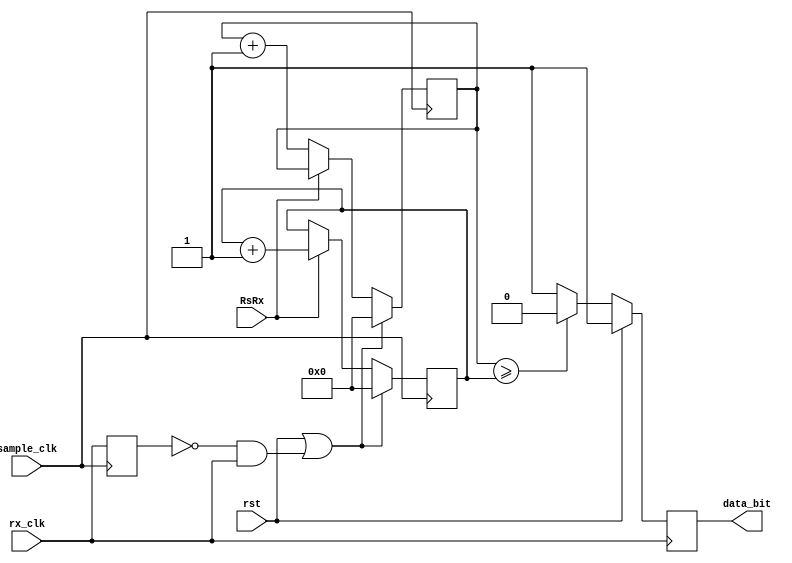
`timescale 1ns / 1ns

// Error checking by sampling multiple times of one bit data
module receiver_sampler(
	input rst,
	input sample_clk,
	input rx_clk,
	input RsRx,
	output reg data_bit = 1'b1
   );

	reg [3:0] zero_counter;
	reg [3:0] one_counter;
	reg prev_rx_clk;
	
	wire rx_clk_rising;
	
	assign rx_clk_rising = (prev_rx_clk == 0 && rx_clk == 1);

always@(posedge sample_clk)
	begin
		prev_rx_clk <= rx_clk;
		
		if (rst || rx_clk_rising)
			begin
			zero_counter <= 4'd0;
			one_counter <= 4'd0;
			end
		else if (RsRx == 1'b1)
			one_counter <= one_counter + 1'b1;
		else
			zero_counter <= zero_counter + 1'b1;
	end
	
always@(posedge rx_clk)
	begin
		if(rst)
			data_bit <= 1'b1;
		else if(zero_counter >= one_counter)
			data_bit <= 1'b0;
		else
			data_bit <= 1'b1;	
	end

endmodule